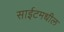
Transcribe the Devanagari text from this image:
साईटमधील